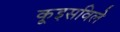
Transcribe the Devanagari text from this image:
कूइसविले